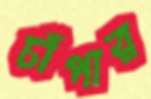
চাঁপার